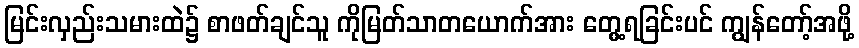
မြင်းလှည်းသမားထဲ၌ စာဖတ်ချင်သူ ကိုမြတ်သာတယောက်အား တွေ့ရခြင်းပင် ကျွန်တော့်အဖို့